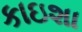
કાઇશા